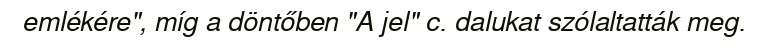
emlékére", míg a döntőben "A jel" c. dalukat szólaltatták meg.